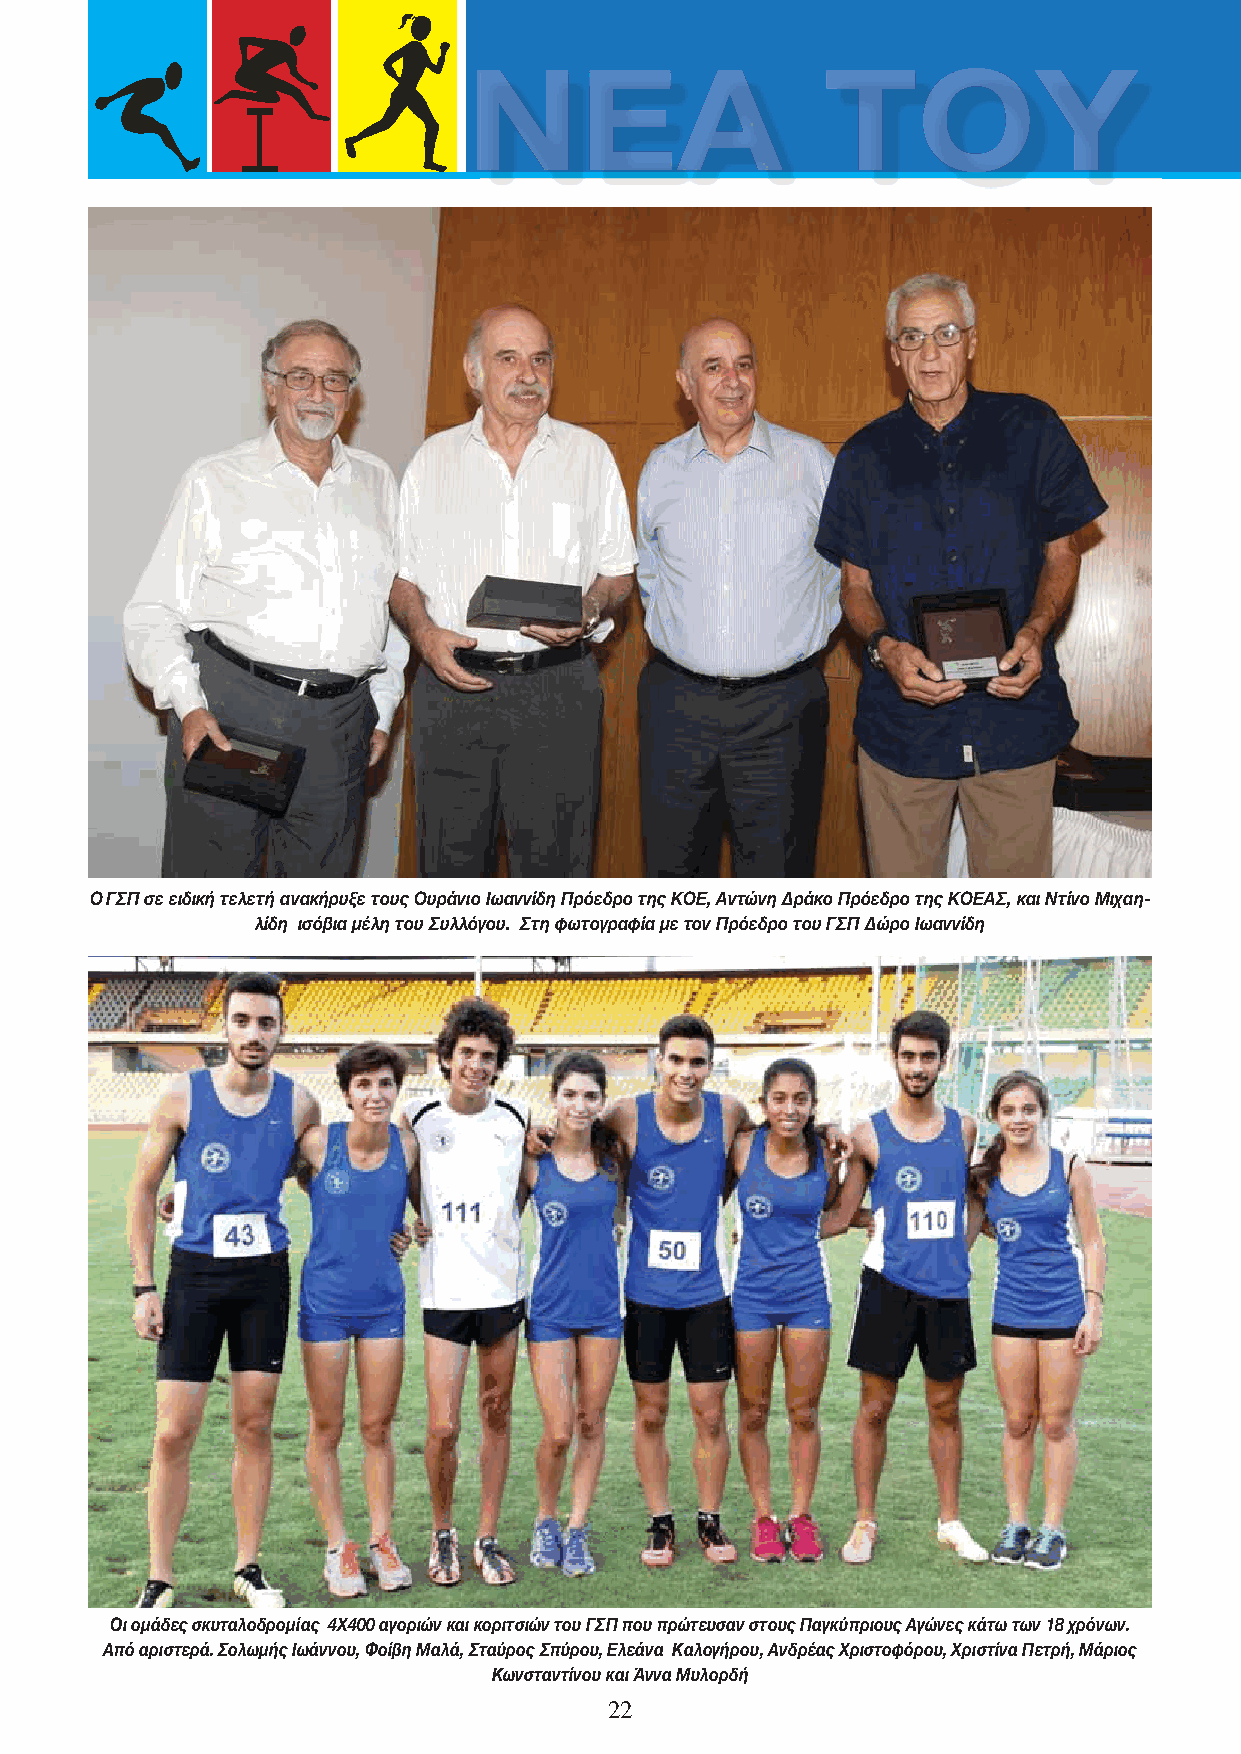
Ο ΓΣΠ σε ειδική τελετή ανακήρυξε τους Ουράνιο Ιωαννίδη Πρόεδρο της ΚΟΕ, Αντώνη Δράκο Πρόεδρο της ΚΟΕΑΣ, και Ντίνο Μιχαη-
 λίδη ισόβια μέλη του Συλλόγου. Στη φωτογραφία με τον Πρόεδρο του ΓΣΠ Δώρο Ιωαννίδη
 Οι ομάδες σκυταλοδρομίας 4Χ400 αγοριών και κοριτσιών του ΓΣΠ που πρώτευσαν στους Παγκύπριους Αγώνες κάτω των 18 χρόνων.
 Από αριστερά. Σολωμής Ιωάννου, Φοίβη Μαλά, Σταύρος Σπύρου, Ελεάνα Καλογήρου, Ανδρέας Χριστοφόρου, Χριστίνα Πετρή, Μάριος
 Κωνσταντίνου και Άννα Μυλορδή
 22